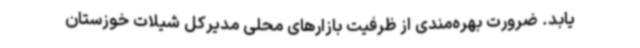
یابد. ضرورت بهره‌مندی از ظرفیت بازارهای محلی مدیرکل شیلات خوزستان